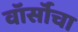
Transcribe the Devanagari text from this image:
वॉर्सॉचा